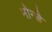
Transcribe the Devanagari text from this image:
मोन्डे